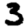
Digit: 3